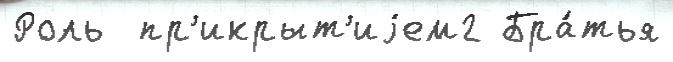
Роль  пр'икрыт'иjем2 Бра́тья